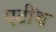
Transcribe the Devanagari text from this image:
एटींथ